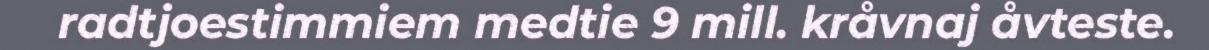
radtjoestimmiem medtie 9 mill. kråvnaj åvteste.